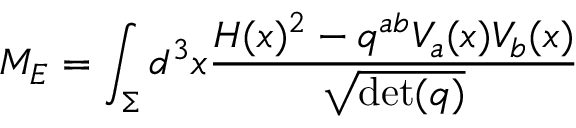
M _ { E } = \int _ { \Sigma } d ^ { 3 } x { \frac { H ( x ) ^ { 2 } - q ^ { a b } V _ { a } ( x ) V _ { b } ( x ) } { \sqrt { \operatorname* { d e t } ( q ) } } }